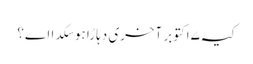
کیہ ۷ اکتوبر آخری دہاڑا ہوسکدا اے؟